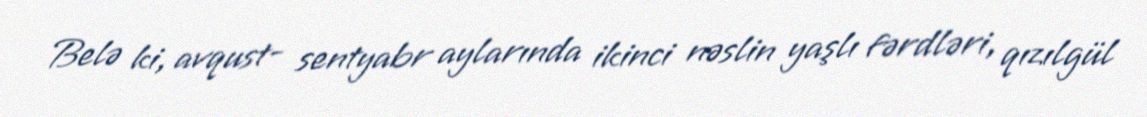
Belə ki, avqust- sentyabr aylarında ikinci nəslin yaşlı fərdləri, qızılgül